Report on plague in the Punjab from October 1st ... to September 30th ..., being the ... season of plague in the province
Disease focus: Plague
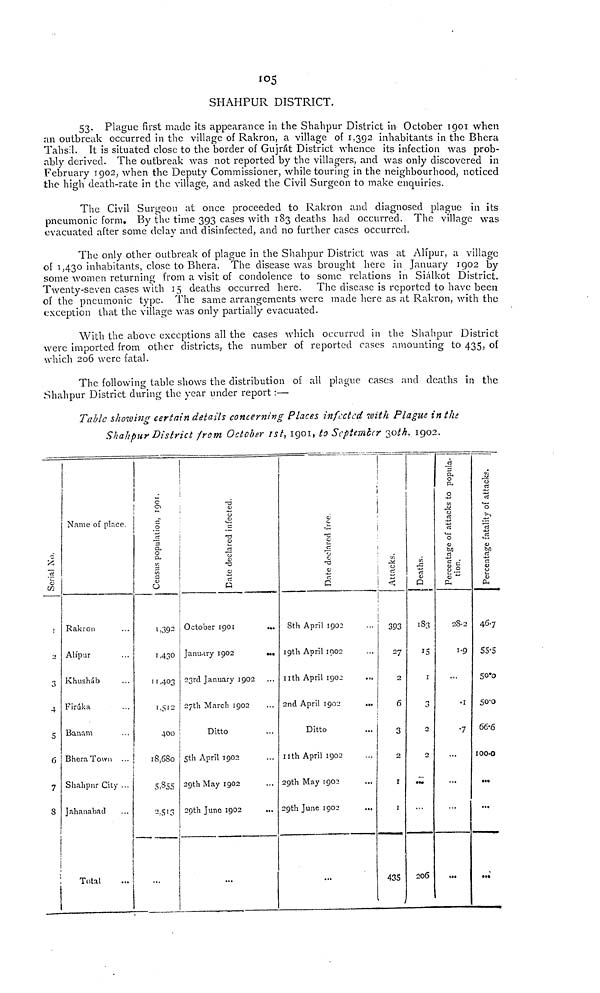
IO
5
SHAHPUR DISTRICT.
53. Plague first made its appearance in the Shahpur District in October 1901 when
an outbreak occurred in the village of Rakron, a village of 1,392 inhabitants in the Bhera
Tahsil. It is situated close to the border of Gujrát District whence its infection was prob-
ably derived. The outbreak was not reported by the villagers, and was only discovered in
February 1902, when the Deputy Commissioner, while touring in the neighbourhood, noticed
the high death-rate in the village, and asked the Civil Surgeon to make enquiries.
The Civil Surgeon at once proceeded to Rakron and diagnosed plague in its
pneumonic form. By the time 393 cases with 183 deaths had occurred. The village was
evacuated after some delay and disinfected, and no further cases occurred.
The only other outbreak of plague in the Shahpur District was at Alipur, a village
of 1,430 inhabitants, close to Bhera. The disease was brought here in January 1902 by
some women returning from a visit of condolence to some relations in Siálkot District.
Twenty-seven cases with 15 deaths occurred here.
The disease is reported to have been
of the pneumonic type. The same arrangements were made here as at Rakron, with the
exception that the village was only partially evacuated.
With the above exceptions all the cases which occurred in the Shahpur District
were imported from other districts, the number of reported cases amounting to 435, of
which 206 were fatal.
The following table shows the distribution of all plague cases and deaths in the
Shahpur District during the year under report :—
Table showing certain details concerning Places infected with Plague in the
Shahpur District from October 1st, 1901, to September 30th, 1902.
5
I
3
4
5
6
7
8
Name of place.
Rakron ...
Alipur
Khusháb ...
Firúka ...
Banam ...
Bhera Town ...
Shahpnr City ...
Jahanabad
Total
|
Census Population, 1901
1,392
1.430
11,403
1.512
400
18,680
5.855
2.513
...
Date Declared infected.
October
1901
...
January 1902
...
23rd January 1902
27th March 1902
Ditto
5th April 1902
29th May 1902
29th June 1902
...
Date
8th April 1902
19th April 1002
11th April 1902
...
2nd April 1902 ...
Ditto
11th April 1902 ...
29th May 1902 ...
29th June 1902
...
...
Date dected tiee.
!
393
27
2
6
3
2
1
1
435
Deaths.
183
15
1
3
2
2
...
206
Percentage to population
28.2
1.9
• 1
•7
...
...
...
...
Percentage fatality of attacks.
PERCNTAGE FALITY OF ATTACKS.
46.7
55.5
50.0
50.0
66.6
l00.0
...
...
...